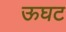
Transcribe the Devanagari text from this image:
ऊघट